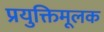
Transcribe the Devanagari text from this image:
प्रयुक्तिमूलक